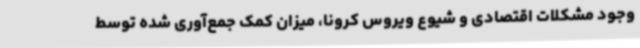
وجود مشکلات اقتصادی و شیوع ویروس کرونا، میزان کمک جمع‌آوری شده توسط